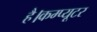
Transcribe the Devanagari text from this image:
है।कम्‍प्‍यूटर